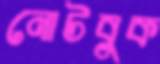
নোটবুক